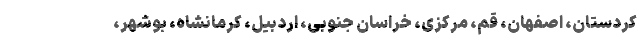
کردستان، اصفهان، قم، مرکزی، خراسان جنوبی، اردبیل، کرمانشاه، بوشهر،